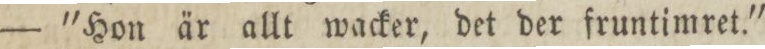
— 'Hon är allt wacker, det der fruntimret.'